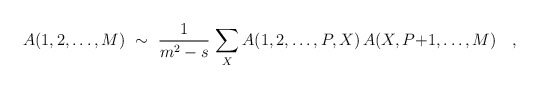
\begin{align*}A(1,2,\ldots,M)\ \sim\ {1\over m^2-s}\,\sum_X A(1,2,\ldots,P,X)\,A(X,P{+}1,\ldots,M) \quad ,\end{align*}